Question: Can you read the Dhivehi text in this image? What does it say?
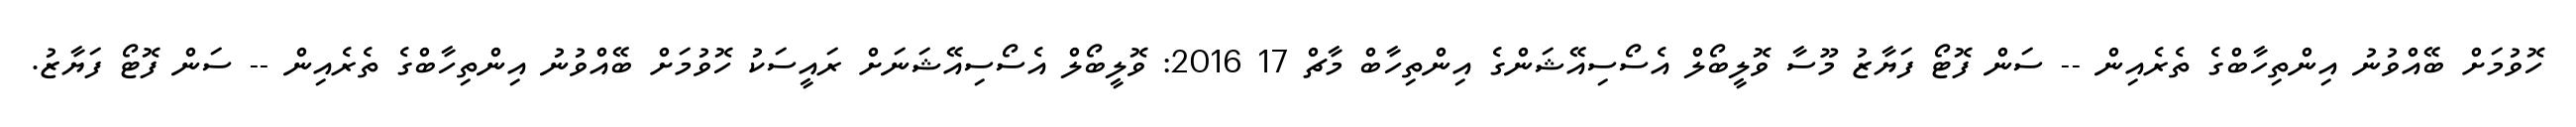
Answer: ހޮވުމަށް ބޭއްވުނު އިންތިހާބްގެ ތެރެއިން -- ސަން ފޮޓޯ ފަޔާޒު މޫސާ ވޮލީބޯލް އެސޯސިއޭޝަންގެ އިންތިހާބް މާޗް 17 2016: ވޮލީބޯލް އެސޯސިއޭޝަނަށް ރައީސަކު ހޮވުމަށް ބޭއްވުނު އިންތިހާބްގެ ތެރެއިން -- ސަން ފޮޓޯ ފަޔާޒު.